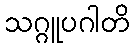
သဂ္ဂူပဂါတိ